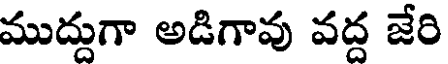
ముద్దుగా అడిగావు వద్ద జేరి